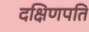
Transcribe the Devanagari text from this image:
दक्षिणपति